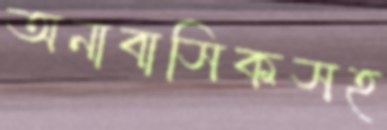
অনাবাসিকসহ